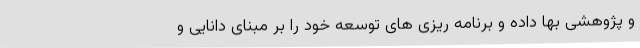
و پژوهشی بها داده و برنامه ریزی های توسعه خود را بر مبنای دانایی و